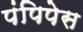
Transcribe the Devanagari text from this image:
पंपिपेस